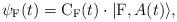
LaTeX: \begin{align*}\psi_{\rm F}(t) = {\rm C}_{\rm F}(t) \cdot |{\rm F},A(t) \rangle,\end{align*}